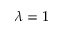
\lambda = 1